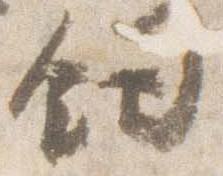
釼